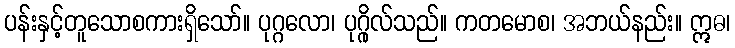
ပန်းနှင့်တူသောစကားရှိသော်။ ပုဂ္ဂလော၊ ပုဂ္ဂိုလ်သည်။ ကတမောစ၊ အဘယ်နည်း။ ဣဓ၊